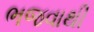
ભજવાથી